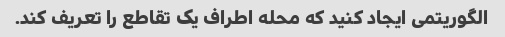
الگوریتمی ایجاد کنید که محله اطراف یک تقاطع را تعریف کند.